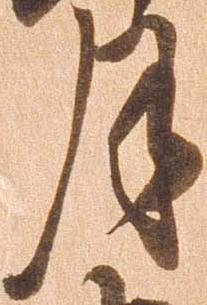
月